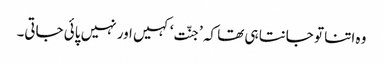
وہ اتنا تو جانتا ہی تھا کہ ’جنّت‘ کہیں اور نہیں پائی جاتی۔